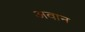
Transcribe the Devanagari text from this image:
अवान